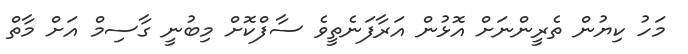
މަހު ކިޔުން ތެރީންނަށް އޮޅުން އަރާފަނެތީވެ ސާފްކޮށް މިބުނީ ގާސިމް އަށް މާތް